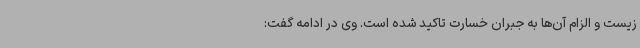
زیست و الزام آن‌ها به جبران خسارت تاکید شده است. وی در ادامه گفت: